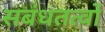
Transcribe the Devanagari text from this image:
सबंधतत्वों